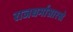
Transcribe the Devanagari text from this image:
राजधर्मासारखे